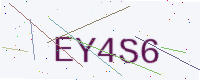
Text: EY4S6